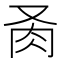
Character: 𦘬